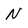
Character: N